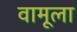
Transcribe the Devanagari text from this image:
वामूला